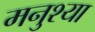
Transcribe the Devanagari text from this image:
मनुश्या